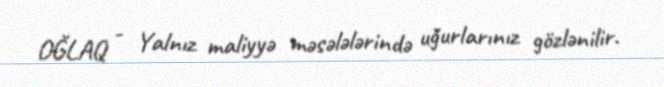
OĞLAQ - Yalnız maliyyə məsələlərində uğurlarınız gözlənilir.